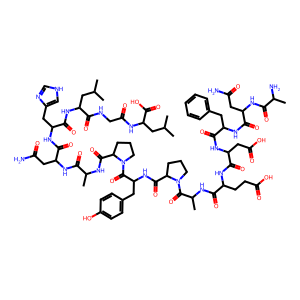
SMILES: CC(C)CC(NC(=O)CNC(=O)C(CC(C)C)NC(=O)C(Cc1c[nH]cn1)NC(=O)C(CC(N)=O)NC(=O)C(C)NC(=O)C1CCCN1C(=O)C(Cc1ccc(O)cc1)NC(=O)C1CCCN1C(=O)C(C)NC(=O)C(CCC(=O)O)NC(=O)C(CC(=O)O)NC(=O)C(Cc1ccccc1)NC(=O)C(CC(N)=O)NC(=O)C(C)N)C(=O)O
Inhibits HIV replication: No